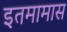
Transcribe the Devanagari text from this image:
इतमामास